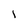
Character: 1